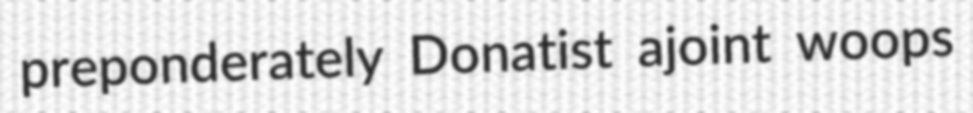
preponderately Donatist ajoint woops